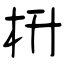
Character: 枡